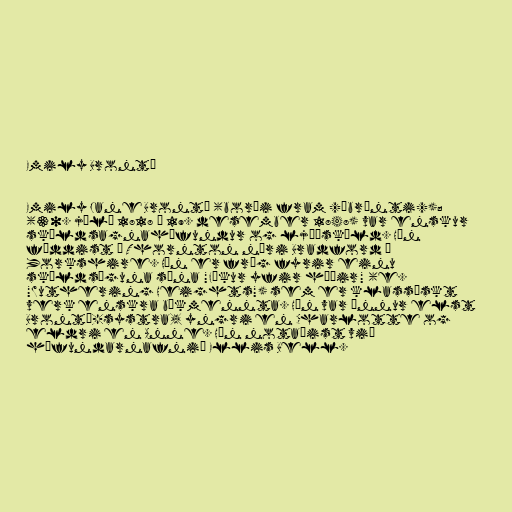
Emily Brontë

Emily Jane Brontë (borði fram /ˈbrɒnti/);
(30. júlí 1818 – 19. desember 1848) var enskur
skáldsagnahöfundur og ljóðskáld. Hún
fæddist í Thornton næri Bradford í
Yorkshire. Hún er fræg fyrir einu
skáldsöguna sína "Fýkur yfir hæðir" (e.
"Wuthering Heights") sem er klassískt
verk enskra bókmennta. Hún var önnur elst
Brontë-systra, yngri en Charlotte og
eldri en Anne. Hún notaðist við
höfundarnafnið Ellis Bell.